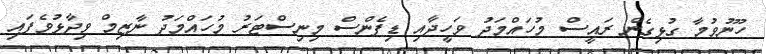
ހޫނުވުމާ ގުޅިގެން ރައީސް މުހައްމަދު ވަހީދާއި ޑިފެންސް މިނިސްޓަރު މުހައްމަދު ނާޒިމް ވިދާޅުވެފައި